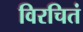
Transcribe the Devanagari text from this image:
विरचितं